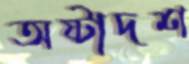
অষ্টাদশ